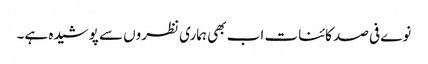
نوے فی صد کائنات اب بھی ہماری نظروں سے پوشیدہ ہے۔